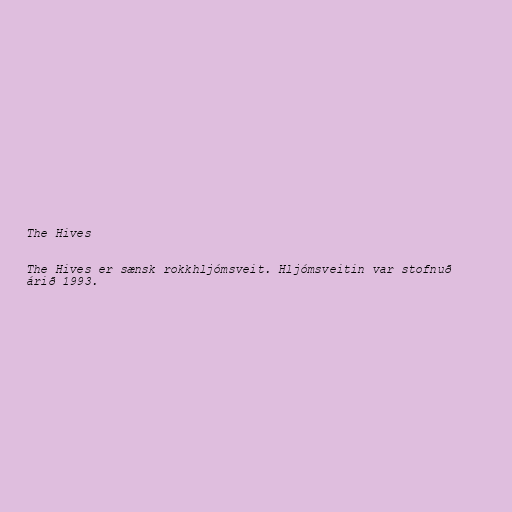
The Hives

The Hives er sænsk rokkhljómsveit. Hljómsveitin var stofnuð
árið 1993.